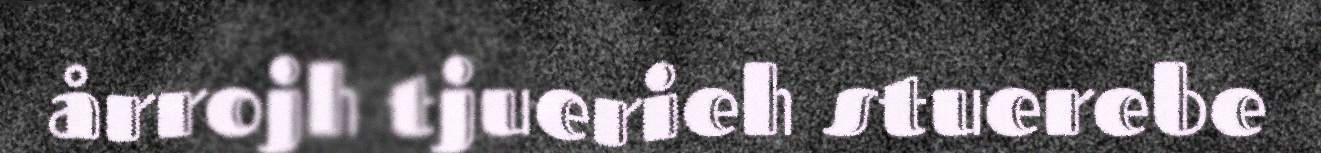
årrojh tjuerieh stuerebe